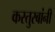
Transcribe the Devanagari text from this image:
कस्तुरबांनी